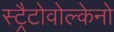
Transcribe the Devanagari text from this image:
स्ट्रैटोवोल्केनो